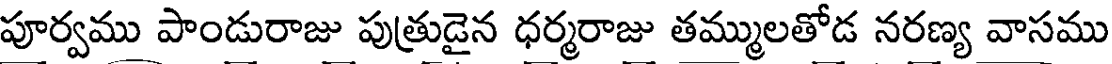
పూర్వము పాండురాజు పుత్రుడైన ధర్మరాజు తమ్ములతోడ నరణ్య వాసము